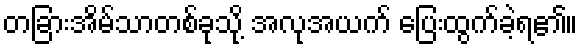
တခြားအိမ်သာတစ်ခုသို့ အလုအယက် ပြေးထွက်ခဲ့ရ၏။